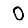
Digit: 0